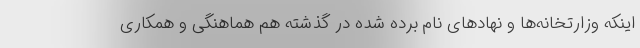
اینکه وزارتخانه‌ها و نهادهای نام برده شده در گذشته هم هماهنگی و همکاری